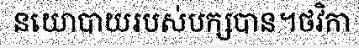
នយោបាយរបស់បក្សបាន។ថវិកា